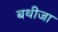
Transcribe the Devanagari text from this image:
बथीजा